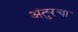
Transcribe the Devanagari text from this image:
अंतुरचा